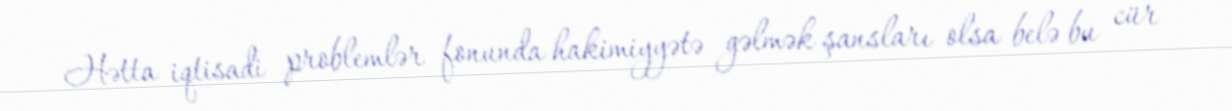
Hətta iqtisadi problemlər fonunda hakimiyyətə gəlmək şansları olsa belə bu cür